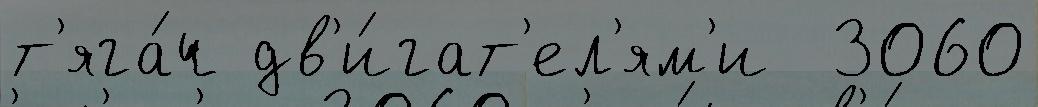
т'яга́ч дв'и́гат'ел'ям'и  3060